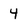
Character: 4